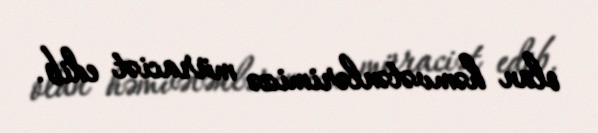
olan həmvətənlərimizə müraciət edib.